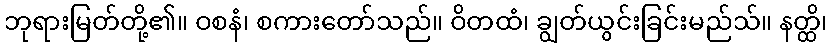
ဘုရားမြတ်တို့၏။ ဝစနံ၊ စကားတော်သည်။ ဝိတထံ၊ ချွတ်ယွင်းခြင်းမည်သ်။ နတ္ထိ၊